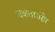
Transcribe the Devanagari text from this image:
दक्षताऔर